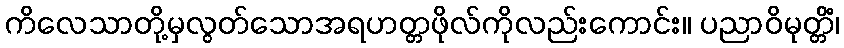
ကိလေသာတို့မှလွတ်သောအရဟတ္တဖိုလ်ကိုလည်းကောင်း။ ပညာဝိမုတ္တိံ၊